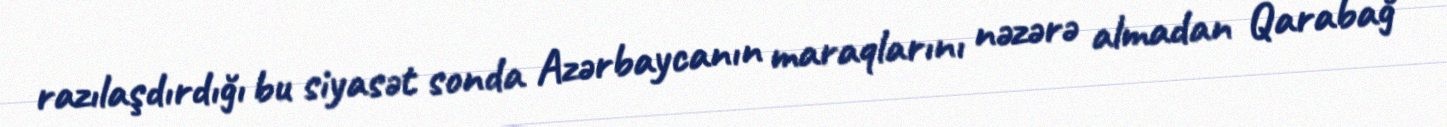
razılaşdırdığı bu siyasət sonda Azərbaycanın maraqlarını nəzərə almadan Qarabağ